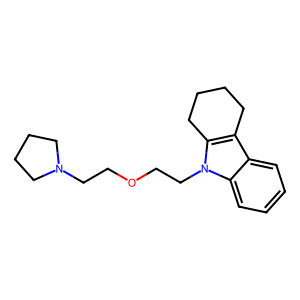
SMILES: c1ccc2c(c1)c1c(n2CCOCCN2CCCC2)CCCC1
Inhibits HIV replication: No